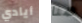
أيادي هنا